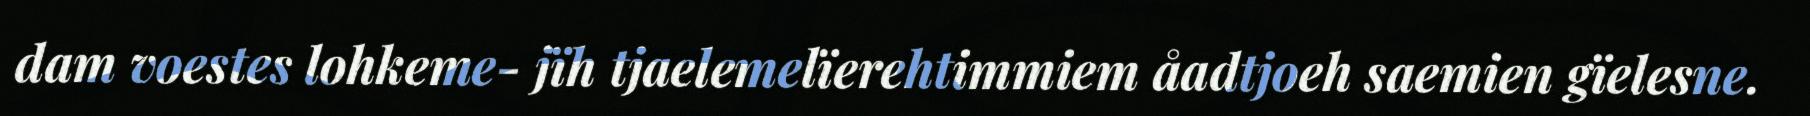
dam voestes lohkeme- jïh tjaelemelïerehtimmiem åadtjoeh saemien gïelesne.